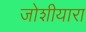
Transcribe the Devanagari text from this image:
जोशीयारा